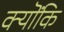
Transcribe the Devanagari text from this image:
क्यॊंकि